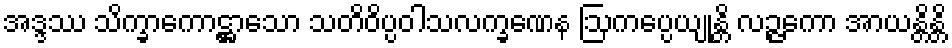
အဒ္ဒဿ သိက္ခာကောဋ္ဌာသော သတိဝိပ္ပဝါသလက္ခဏေန ဩကပ္ပေယျုန္တိ လဉ္ဇကော အာယန္တိန္တိ